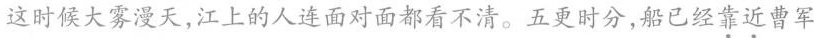
这时候大雾漫天，江上的人连面对面都看不清。五更时分，船已经\underset{·}{靠}\underset{·}{近}曹军